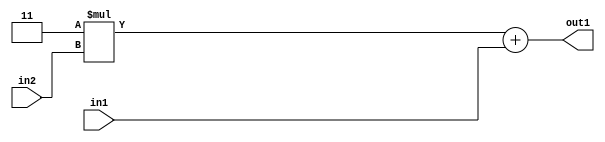
`timescale 1ps / 1ps
/*****************************************************************************
    Verilog RTL Description
    
    
    Created by: Stratus DpOpt 2019.1.01 
*******************************************************************************/

module DC_Filter_Add2u2Mul2i3u2_1 (
	in2,
	in1,
	out1
	); /* architecture "behavioural" */ 
input [1:0] in2,
	in1;
output [3:0] out1;
wire [3:0] asc001;

wire [3:0] asc001_tmp_0;
assign asc001_tmp_0 = 
	+(4'B0011 * in2);
assign asc001 = asc001_tmp_0
	+(in1);

assign out1 = asc001;
endmodule

/* CADENCE  ubb3Tgw= : u9/ySgnWtBlWxVPRXgAZ4Og= ** DO NOT EDIT THIS LINE ******/